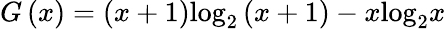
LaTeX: G\left(x\right)=\left(x+1\right){{\log}_{2}}\left(x+1\right)-x{{\log}_{2}}x